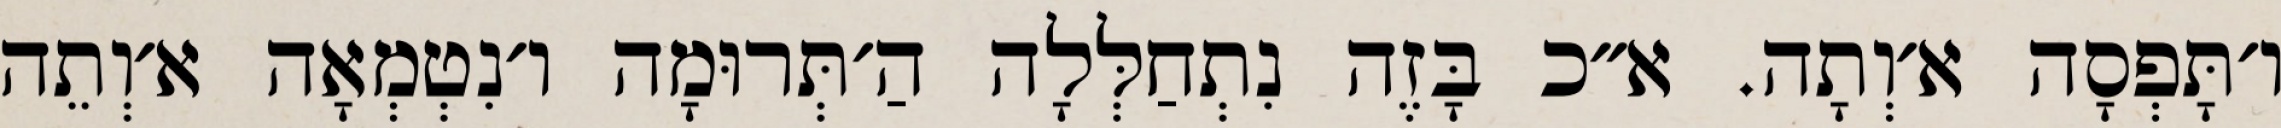
ו׳תָּפְסָה א׳וְתָה. א״כ בָּזֶה נִתְחַלְּלָה הַ׳תְּרוּמָה ו׳נִטְמְאָה א׳וְתֵה